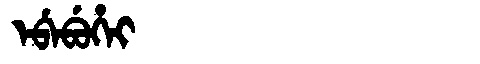
Manchu: ᡝᠪᡝᠪᡠᡥᡝᡳ
Romanization: EBEBUHEI